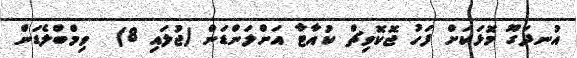
އުނދަގޫ މޮޅަކަށް ފަހު ޖޮކޮވިޗް ކުއާޓާ އަށްލަންޑަން (ޖުލައި 8)  ވިމްބްލެޑަން